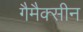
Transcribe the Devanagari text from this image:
गैमैक्सीन